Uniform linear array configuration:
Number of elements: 16
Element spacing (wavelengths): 0.5
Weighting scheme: kaiser
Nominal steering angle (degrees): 30
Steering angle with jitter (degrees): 31.723
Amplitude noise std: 0.05
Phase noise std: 0.05

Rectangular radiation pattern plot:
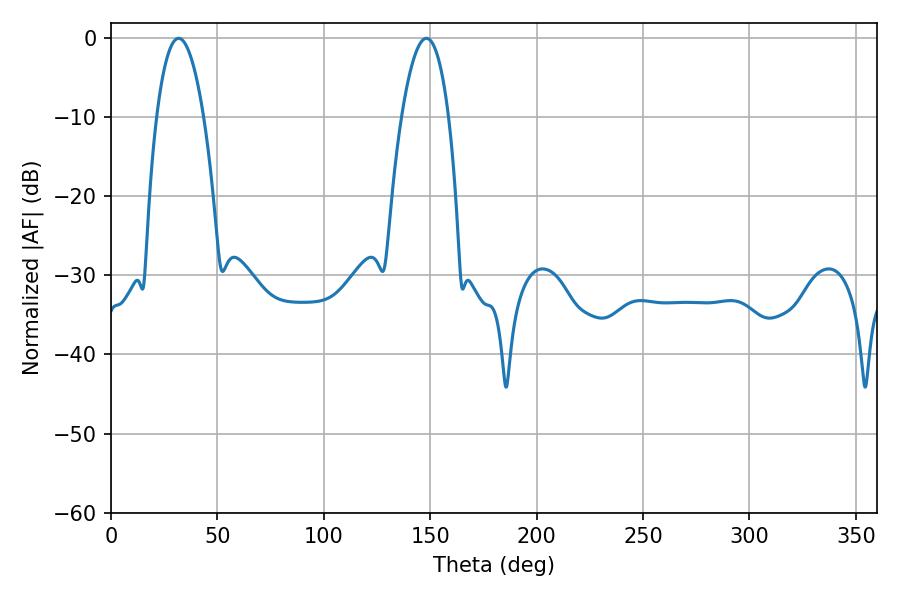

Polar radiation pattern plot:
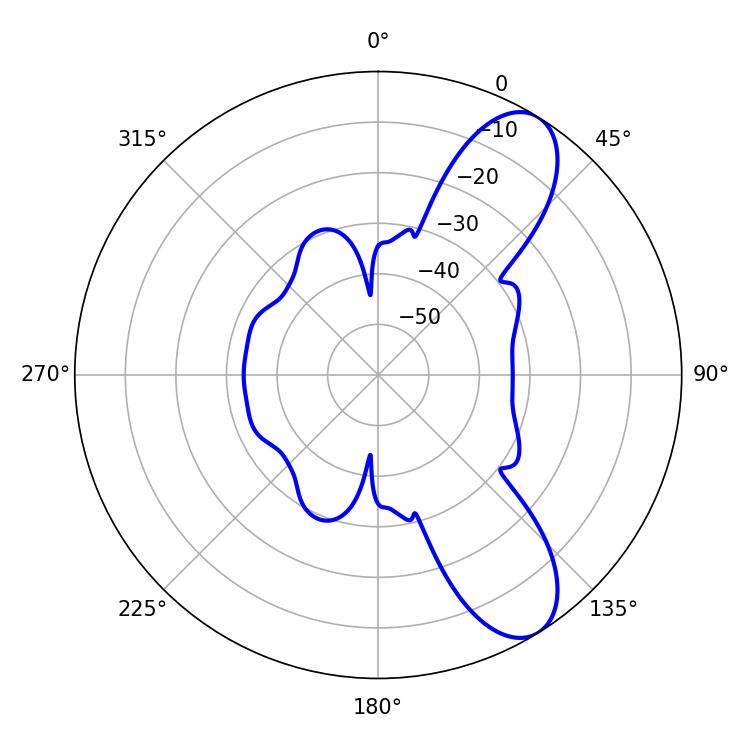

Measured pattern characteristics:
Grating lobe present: FALSE
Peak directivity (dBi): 9.16
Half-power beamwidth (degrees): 12.24
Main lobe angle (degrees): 31.86